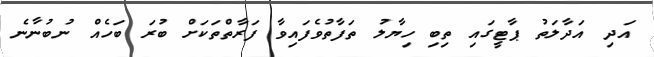
އަދި އަދާލަތު ޕާޓީގައި ތިބި ހިޔާލު ތަފާތުވެފައިވާ ފަރާތްތަކަށް ބުރަ ބަހެއް ނުބުނާނެ